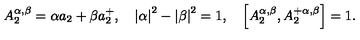
A _ { 2 } ^ { \alpha , \beta } = \alpha a _ { 2 } + \beta a _ { 2 } ^ { + } , \quad \left| \alpha \right| ^ { 2 } - \left| \beta \right| ^ { 2 } = 1 , \quad \left[ A _ { 2 } ^ { \alpha , \beta } , A _ { 2 } ^ { + \alpha , \beta } \right] = 1 .